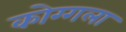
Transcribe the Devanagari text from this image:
कोग्गला